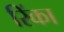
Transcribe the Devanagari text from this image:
रिंका